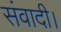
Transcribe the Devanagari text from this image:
संवादी।